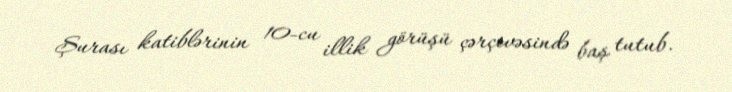
Şurası katiblərinin 10-cu illik görüşü çərçivəsində baş tutub.